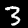
Label: 3